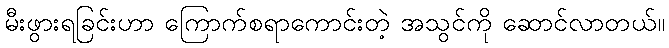
မီးဖွားရခြင်းဟာ ကြောက်စရာကောင်းတဲ့ အသွင်ကို ဆောင်လာတယ်။